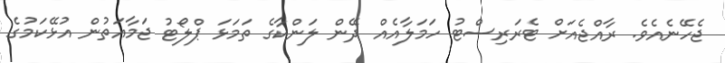
ޖެހޭނެއެވެ. ރާއްޖެއަށް ޓެރަރިސްޓު ހަމަލާއެއް ދޭން ލަންކާގެ ތަމަޅަ ޕްލޯޓު ޖަމާއަތުން އުޅޭކަމުގެ